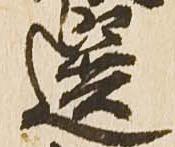
選